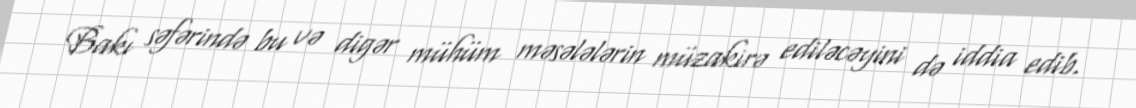
Bakı səfərində bu və digər mühüm məsələlərin müzakirə ediləcəyini də iddia edib.